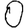
Digit: 0